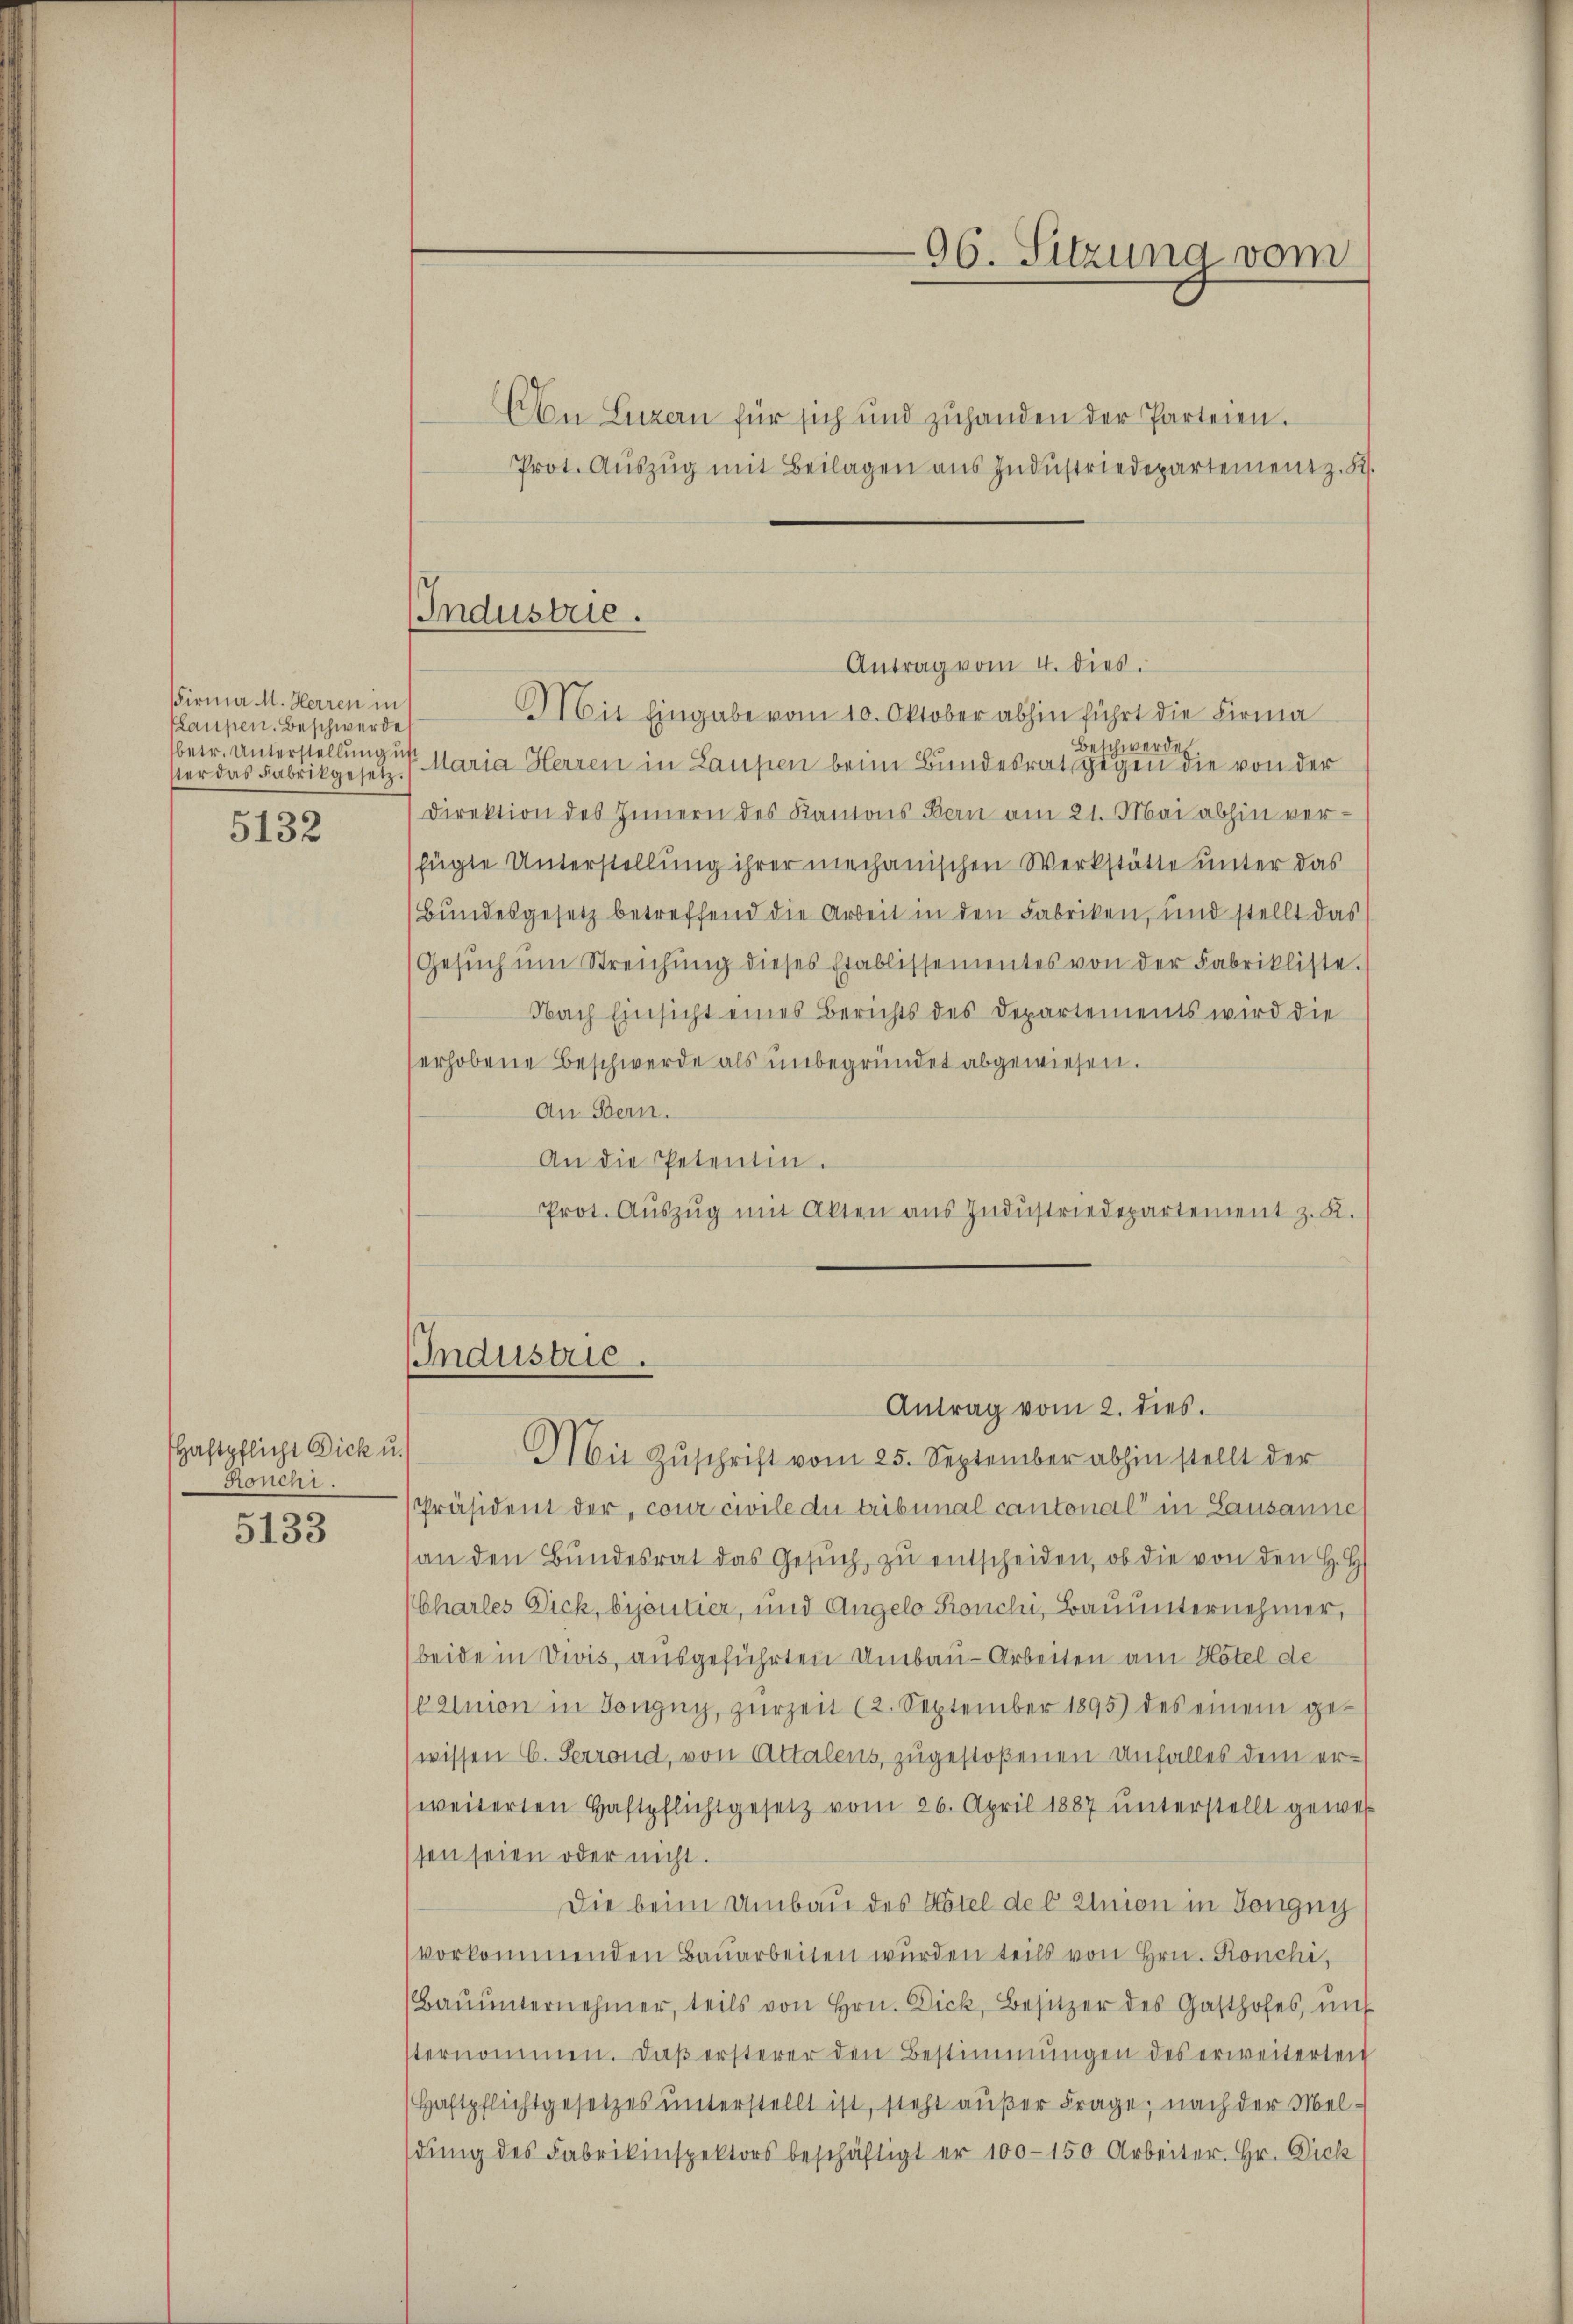
Firma M. Herren in
Kaupen. Beschwerde
betr. Unterstellung un
ster das Fabrikgesetz
5132

Haftpfliche Dick u.
Rouchi.
5133

Antrag vom 4. dies.
Mit Eingabe vom 10. Oktober abhin führt die Firma
Beschwerde
Maria Herren in Laupen beim Bundesrat gegen die von der
Direktion des Innern des Kantons Bern am 21. Mai abhin ver-
fügte Unterstellung ihrer mechanischen Werkstätte unter das
(Bundesgesetz betreffend die Arbeit in den Fabriken, und stellt das
Gesŭch ŭm Streichŭng dieses Etablissementes von der Fabrikliste.
Nach Einsicht eines Berichts des Departements wird die
serhobene Beschwerde als unbegründet abgewiesen.
An Bern.
An die Petentin.
Prot. Aŭszŭg mit Akten aŭs Indŭstriedepartement z. K.
Industrie.
Antrag vom 2. dies
Mit Zŭschrift vom 25. September abhin stellt der
[Präsident der, cour civile die tribunal cantonal in Lausanne
an den Bŭndesrat das Gesŭch, zŭ entscheiden, ob die von den H. H.
Charles Dick, bijoutier, und Angelo Ronchi, Bauunternehmer,
beide in Divis, ausgeführten Umbau - Arbeiten am Hotel de
ainion in Gongny, zŭr Zeit (2. September 1895 des einem ge-
wissen C. Perrond, von Attalens, zugestoßenen Unfalles dem erweiterten Haftpflichtgesetz vom 26. April 1887 unterstellt gewes
sen seien oder nicht.
Die beim Umbau des Hotel des Union in Zeugni
vorkommenden Baŭarbeiten wurden teils von Hrn. Konchi,
Baŭŭnternehmer, teils von Hrn. Dick, Besitzer des Gasthofes, mit
sternommen. Daβ ersterer den Bestimmungen des erweiterteit
Haftpflichtgesetzes ŭnterstellt ist, steht außer Frage; nach der Meldŭng des Fabrikinspektors beschäftigt er 100–150 Arbeiter. Hr. Dick

Industrie.

An Luzern für sich und zuhanden der Parteien.
Prot. Aŭszŭg mit Beilagen ans Indŭstriedepartement z. K.

96. Sitzung vom